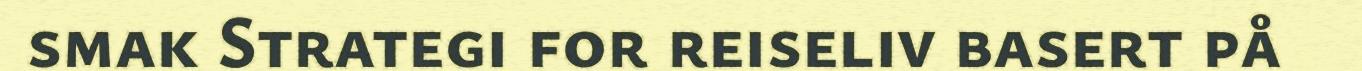
smak Strategi for reiseliv basert på